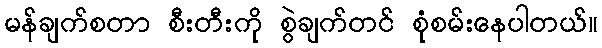
မန်ချက်စတာ စီးတီးကို စွဲချက်တင် စုံစမ်းနေပါတယ်။